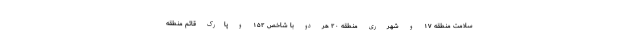
سلامت منطقه ۱۷ و شهر ری منطقه ۲۰ هر دو با شاخص ۱۵۲ و پارک قائم منطقه